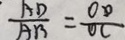
\frac { A D } { A B } = \frac { O D } { O C }